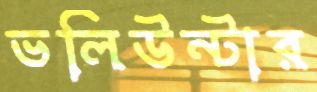
ভলিউন্টার